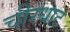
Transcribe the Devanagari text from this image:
चीरधाट